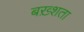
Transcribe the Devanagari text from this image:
बख़्शता